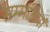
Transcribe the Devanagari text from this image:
सम्मतियां